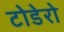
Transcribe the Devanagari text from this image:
टोडेरो